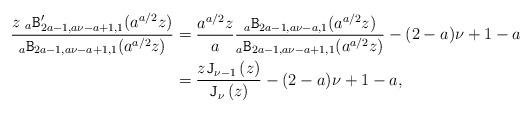
LaTeX: \begin{align*}\frac{z\;{}_{a}\mathtt{B}'_{2a-1, a \nu-a+1,1}(a^{a/2} z)}{{}_{a}\mathtt{B}_{2a-1, a \nu-a+1,1}(a^{a/2} z)}&= \frac{a^{a/2} z}{a}\frac{{}_{a}\mathtt{B}_{2a-1, a \nu-a,1}(a^{a/2} z)}{{}_{a}\mathtt{B}_{2a-1, a \nu-a+1,1}(a^{a/2} z)} -(2-a)\nu+1-a\\&=\frac{z\mathtt{J}_{\nu-1}\left(z\right)}{\mathtt{J}_{\nu}\left(z\right)}-(2-a)\nu+1-a,\end{align*}